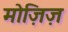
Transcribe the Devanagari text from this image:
मोज़िज़